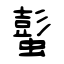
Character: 蟚